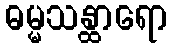
ဓမ္မသန္ထာရော